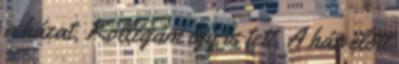
a házat. Kollégám így is tett. A ház előtt